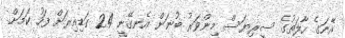
އޭނަގެ ހާލަތުގެ ސީރިޔަސް މިންވަރު ބުނަން އެނގޭނީ 24 ގަޑިއިރަށް ފަހު ކަމަށް